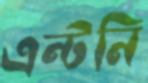
এন্টনি